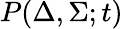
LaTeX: P(\Delta,\Sigma;t)